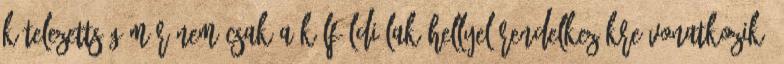
kötelezettség már nem csak a külföldi lakóhellyel rendelkezőkre vonatkozik,